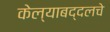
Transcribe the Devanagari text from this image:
केल्याबद्दलचे